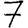
Digit: 7